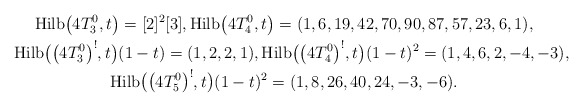
\begin{gather*}{\rm Hilb}\big(4T_{3}^{0},t\big)=[2]^{2}[3], {\rm Hilb}\big(4T_{4}^{0},t\big)=(1,6,19,42,70,90,87,57,23,6,1),\\{\rm Hilb}\big(\big(4T_{3}^{0}\big)^{!},t\big)(1-t)=(1,2,2,1),{\rm Hilb}\big(\big(4T_{4}^{0}\big)^{!},t\big)(1-t)^2=(1,4,6,2,-4,-3),\\{\rm Hilb}\big(\big(4T_{5}^{0}\big)^{!},t\big)(1-t)^2=(1,8,26,40,24,-3,-6).\end{gather*}